Leningradi_Edasi_toimetus, lk 42
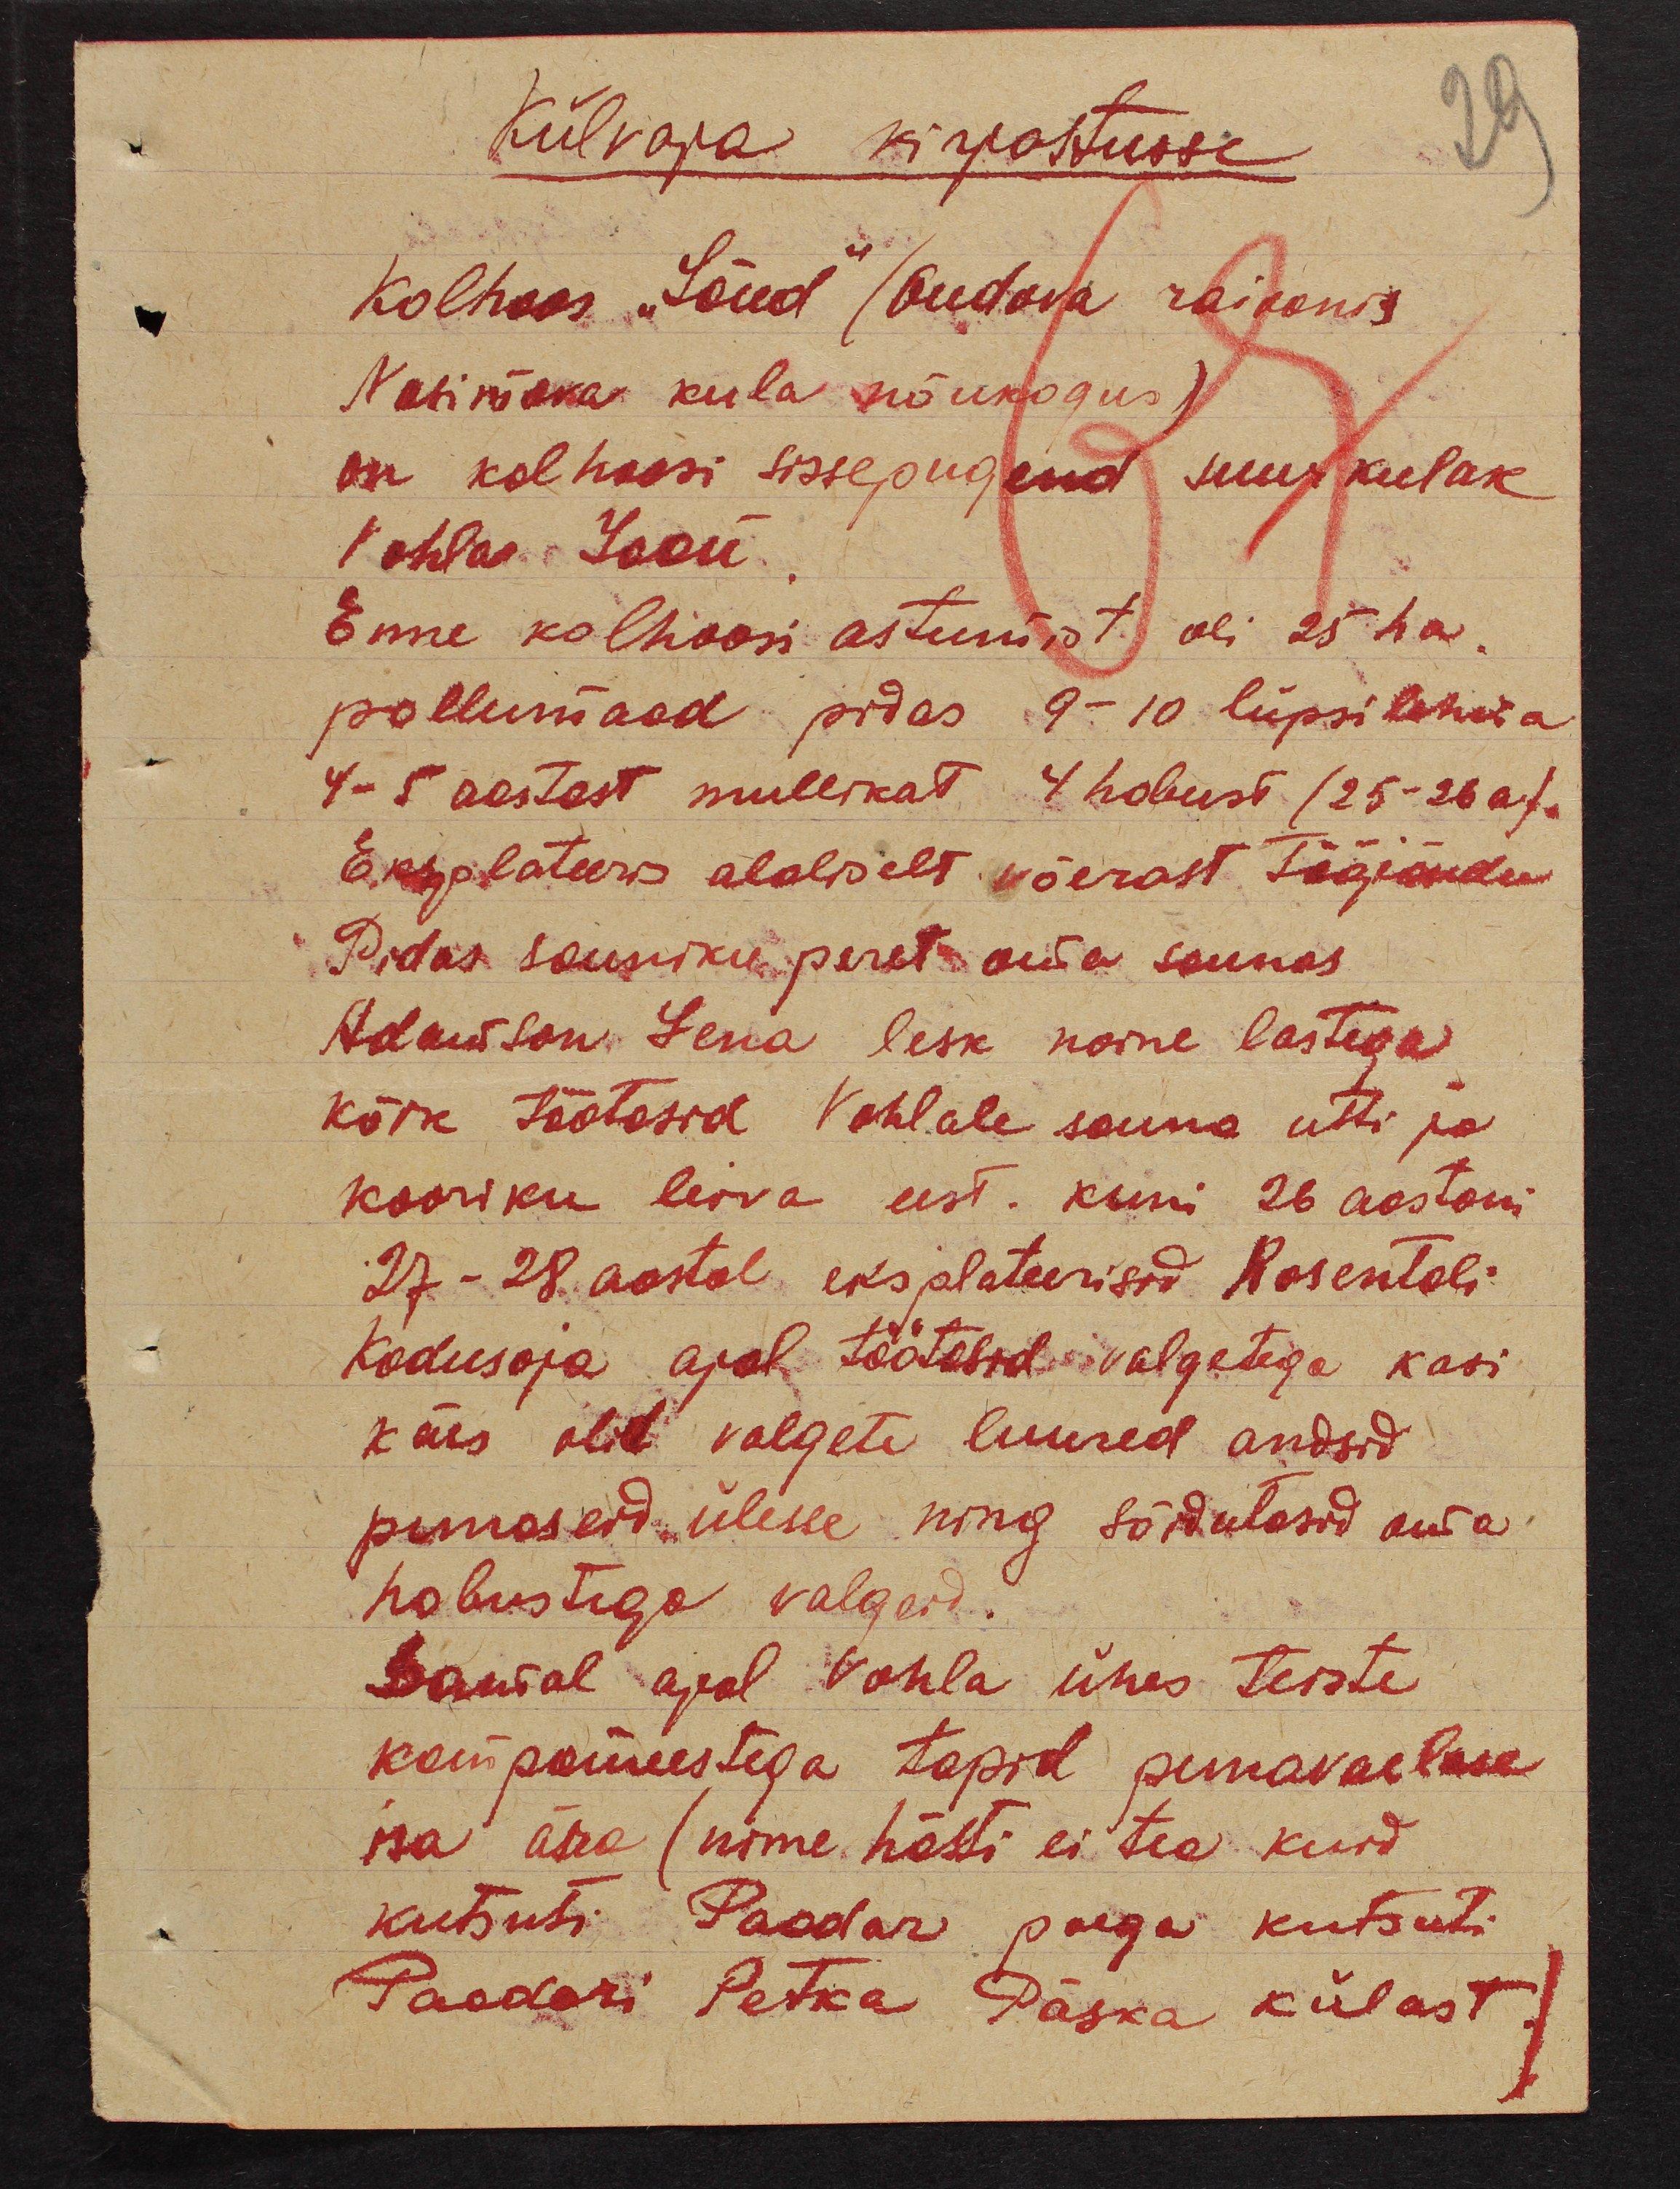
29

Külvaja kirjastusse
Kolhoos "Jõud" (Oudova raioonis
Nasimova kula nõukogus)
on kolhoosi sissepugend suurkulak
Vohla Jaan.
Enne kolhoosi astumist oli 25 ha.
pollumaad pidas 9-10 lüpsilehma
4-5 aastast mullikat 4 hobust (25-26a).
Eksplateeris alaliselt võerast tööjõudu
Pidas sauniku peret oma saunas
Adamson Lena lesk naine lastega
kõik töötasid Vohlale sauna utti ja
kooriku leiva eest. kuni 26 aastani
27-28 aastal eksplateerisid Rosentali
Kodusoja ajal töötasid valgetega kasi
käes olid valgete luured andsid
punaseid ülesse ning sõidutasid oma
hobustega valgeid.
Samal ajal Vohla ühes teiste
kampameestega tapid punavaelase
isa ära (nime hästi ei tea kuid
kutsuti Paodar poega kutsuti
Paodori Petka Päska külast.)